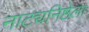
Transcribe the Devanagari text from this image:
नाट्यनिष्ठेला